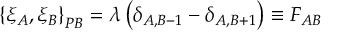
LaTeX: \left\{ \xi _ { A } , \xi _ { B } \right\} _ { P B } = \lambda \left( \delta _ { A , B - 1 } - \delta _ { A , B + 1 } \right) \equiv F _ { A B }